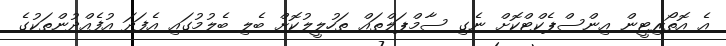
އެ އޮތޯރިޓީން އިންސްޕެކްޓްކޮށް ނެގި ސާމްޕަލްތައް ތަހުލީލުކޮށް ބެލި ބެލުމުގައި އެފަދަ އުފެއްދުންތަކުގެ